Annual report of the Punjab Veterinary College and of the Civil Veterinary Department, Punjab - 1894-1908
Year: 1894
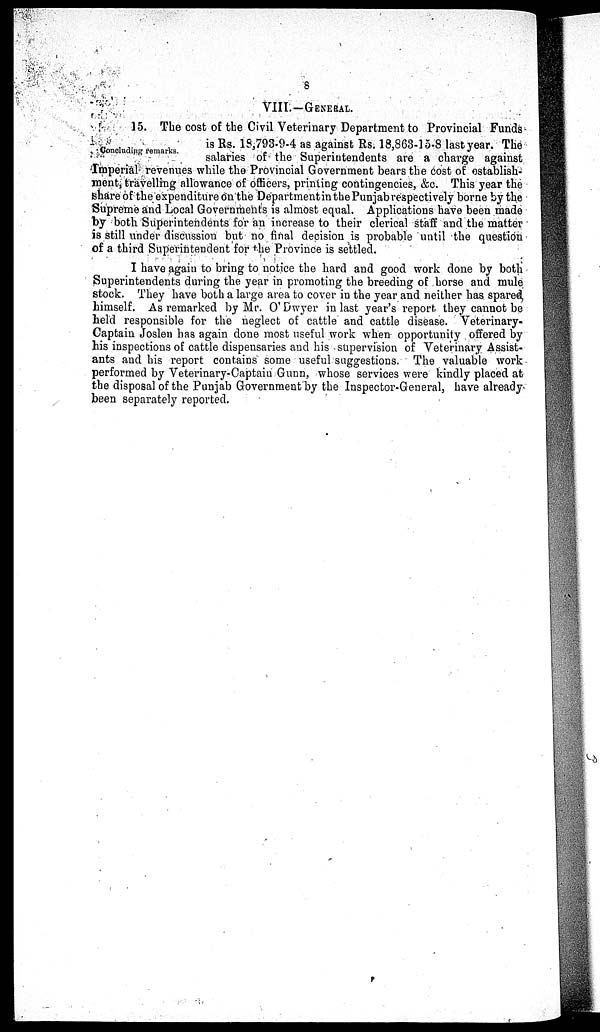
8
VIII.—GENERAL.
Concluding remarks.
15. The cost of the Civil Veterinary Department to Provincial Funds
is Rs. 18,793-9-4 as against Rs. 18,863-15-8 last year. The
salaries of the Superintendents are a charge against
Imperial revenues while the Provincial Government bears the cost of establish-
ment, travelling allowance of officers, printing contingencies, &c. This year the
share of the expenditure on the Department in the Punjab respectively borne by the
Supreme and Local Governments is almost equal. Applications have been made
by both Superintendents for an increase to their clerical staff and the matter
is still under discussion but no final decision is probable until the question
of a third Superintendent for the Province is settled.
I have again to bring to notice the hard and good work done by both
Superintendents during the year in promoting the breeding of horse and mule
stock. They have both a large area to cover in the year and neither has spared,
himself. As remarked by Mr. O'Dwyer in last year's report they cannot be
held responsible for the neglect of cattle and cattle disease. Veterinary-
Captain Joslen has again done most useful work when opportunity offered by
his inspections of cattle dispensaries and his supervision of Veterinary Assist-
ants and his report contains some useful suggestions. The valuable work
performed by Veterinary-Captain Gunn, whose services were kindly placed at
the disposal of the Punjab Government by the Inspector-General, have already
been separately reported.